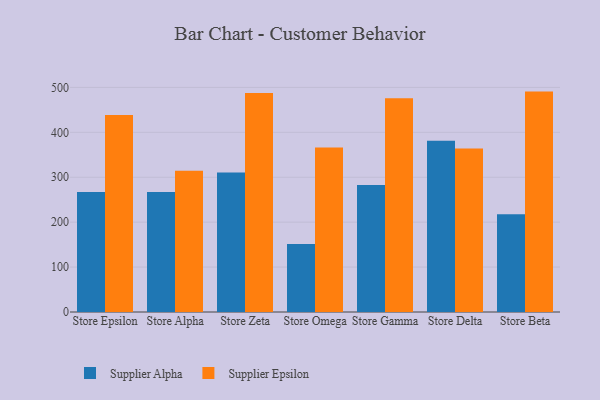
{"axis": {"x": "Store", "y": "Humidity (%)"}, "legend": ["Supplier Alpha", "Supplier Epsilon"], "data": [{"x": "Store Epsilon", "y": 267.4, "type": "Supplier Alpha"}, {"x": "Store Epsilon", "y": 438.8, "type": "Supplier Epsilon"}, {"x": "Store Alpha", "y": 267.4, "type": "Supplier Alpha"}, {"x": "Store Alpha", "y": 314.3, "type": "Supplier Epsilon"}, {"x": "Store Zeta", "y": 310.8, "type": "Supplier Alpha"}, {"x": "Store Zeta", "y": 487.7, "type": "Supplier Epsilon"}, {"x": "Store Omega", "y": 151.6, "type": "Supplier Alpha"}, {"x": "Store Omega", "y": 366.0, "type": "Supplier Epsilon"}, {"x": "Store Gamma", "y": 282.8, "type": "Supplier Alpha"}, {"x": "Store Gamma", "y": 476.1, "type": "Supplier Epsilon"}, {"x": "Store Delta", "y": 381.4, "type": "Supplier Alpha"}, {"x": "Store Delta", "y": 364.1, "type": "Supplier Epsilon"}, {"x": "Store Beta", "y": 217.5, "type": "Supplier Alpha"}, {"x": "Store Beta", "y": 490.7, "type": "Supplier Epsilon"}]}